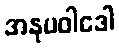
အနုပဝါဒေါ